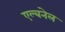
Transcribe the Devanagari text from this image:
एल्बनेल